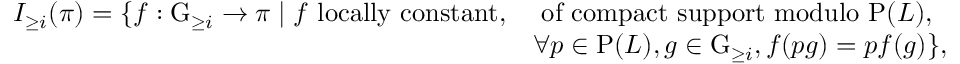
\begin{array} { r l } { I _ { \geq i } ( \pi ) = \{ f : \mathrm { G } _ { \geq i } \to \pi \mid f \mathrm { ~ l o c a l l y ~ c o n s t a n t , } } & { \mathrm { ~ o f ~ c o m p a c t ~ s u p p o r t ~ m o d u l o ~ } \mathrm { P } ( L ) , } \\ & { \forall p \in \mathrm { P } ( L ) , g \in \mathrm { G } _ { \geq i } , f ( p g ) = p f ( g ) \} , } \end{array}